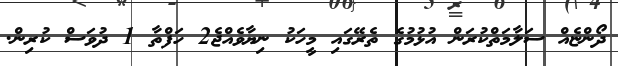
ދޯންޏެއް ސަލާމަތްކުރަން އުޅުމުގެ ތެރޭގައި މީހަކު ނިޔާވެއްޖެ2 ހަފްތާ 1 ދުވަސް ކުރިން.